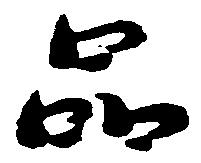
品